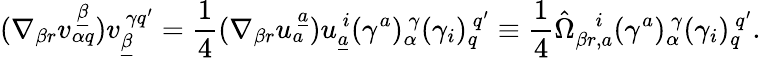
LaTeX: (\nabla_{\beta r}v_{\alpha q}^{~\underline{{\beta}}})v_{\underline{{\beta}}}^{~\gamma q^{\prime}}={\frac{1}{4}}(\nabla_{\beta r}u_{a}^{~\underline{{a}}})u_{\underline{{a}}}^{~i}(\gamma^{a})_{\alpha}^{~\gamma}(\gamma_{i})_{q}^{~q^{\prime}}\equiv{\frac{1}{4}}\hat{\Omega}_{\beta r,a}^{~~~~i}(\gamma^{a})_{\alpha}^{~\gamma}(\gamma_{i})_{q}^{~q^{\prime}}.